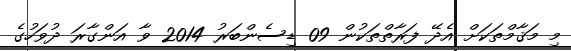
މި މަޤާމްތަކަށް އެދޭ ފަރާތްތަކުން 09 ޑިސެންބަރު 2014 ވާ އަންގާރަ ދުވަހުގެ